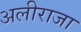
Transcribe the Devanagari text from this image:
अलीराजा